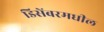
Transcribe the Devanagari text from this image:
डिसेंबरमधील